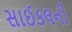
સાઈકલની